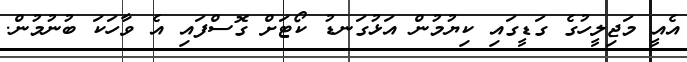
އެއީ މަޖިލީހުގެ ގަޑީގައި ކިޔުމުން އަޅުގަނޑު ކޯޓަށް ގޮސްފައި އެ ވާހަކަ ބުނުމުން.